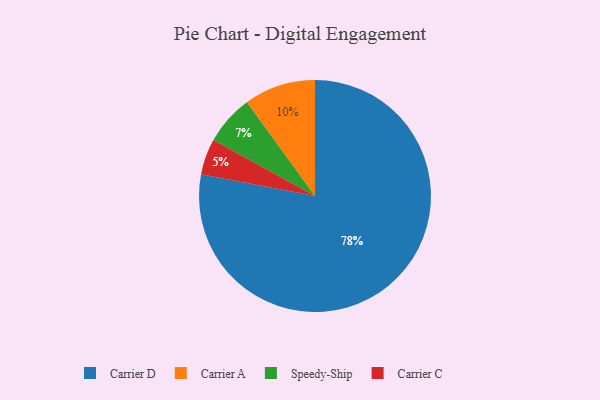
{"axis": {"x": "Category", "y": "Percentage"}, "legend": ["Carrier A", "Carrier C", "Carrier D", "Speedy-Ship"], "data": [{"x": "Carrier A", "y": 10, "type": "Carrier A"}, {"x": "Carrier D", "y": 78, "type": "Carrier D"}, {"x": "Speedy-Ship", "y": 7, "type": "Speedy-Ship"}, {"x": "Carrier C", "y": 5, "type": "Carrier C"}]}